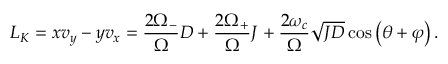
L _ { K } = x v _ { y } - y v _ { x } = \frac { 2 \Omega _ { - } } { \Omega } D + \frac { 2 \Omega _ { + } } { \Omega } J + \frac { 2 \omega _ { c } } { \Omega } \sqrt { J D } \cos \left( \theta + \varphi \right) .